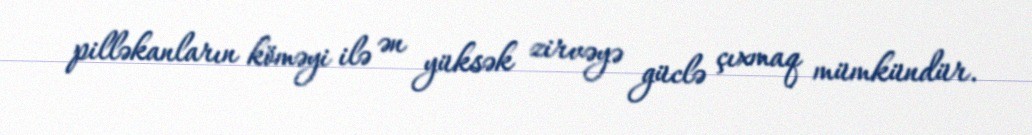
pilləkanların köməyi ilə ən yüksək zirvəyə güclə çıxmaq mümkündür.